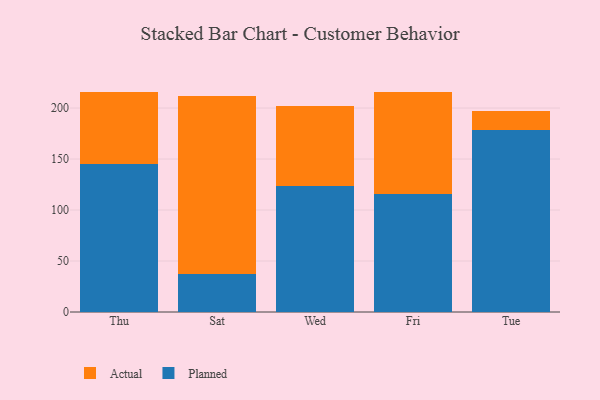
{"axis": {"x": "Day", "y": "Market Share (%)"}, "legend": ["Actual", "Planned"], "data": [{"x": "Thu", "y": 145.2, "type": "Planned"}, {"x": "Thu", "y": 70.9, "type": "Actual"}, {"x": "Sat", "y": 36.8, "type": "Planned"}, {"x": "Sat", "y": 174.9, "type": "Actual"}, {"x": "Wed", "y": 123.5, "type": "Planned"}, {"x": "Wed", "y": 78.5, "type": "Actual"}, {"x": "Fri", "y": 115.6, "type": "Planned"}, {"x": "Fri", "y": 99.8, "type": "Actual"}, {"x": "Tue", "y": 178.1, "type": "Planned"}, {"x": "Tue", "y": 19.3, "type": "Actual"}]}